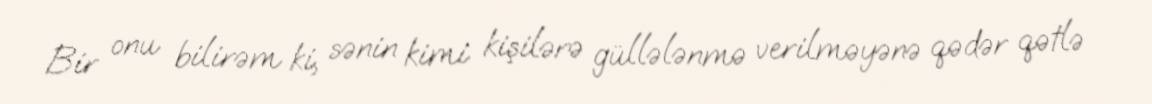
Bir onu bilirəm ki, sənin kimi kişilərə güllələnmə verilməyənə qədər qətlə